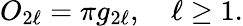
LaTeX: O_{2\ell}=\pi g_{2\ell},\quad\ell\ge 1.